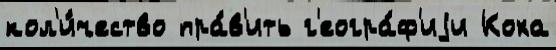
кол'и́чество пра́в'ить г'еогра́ф'иjи Коха